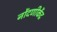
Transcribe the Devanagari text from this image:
नोंदणीकेंद्र